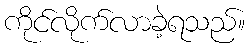
ကိုင်လိုက်လာခဲ့ရသည်။